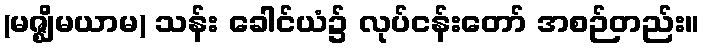
(မဇ္ဈိမယာမ) သန်း ခေါင်ယံ၌ လုပ်ငန်းတော် အစဉ်တည်း။